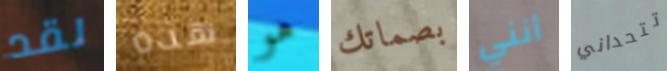
لقد هذه هو بصماتك أنني تتحداني